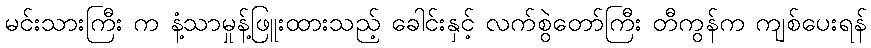
မင်းသားကြီး က နံ့သာမှုန့်ဖြူးထားသည့် ခေါင်းနှင့် လက်စွဲတော်ကြီး တီကွန်က ကျစ်ပေးရန်